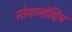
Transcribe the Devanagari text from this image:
स्तेफानोव्हिच